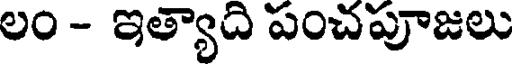
లం - ఇత్యాది పంచపూజలు